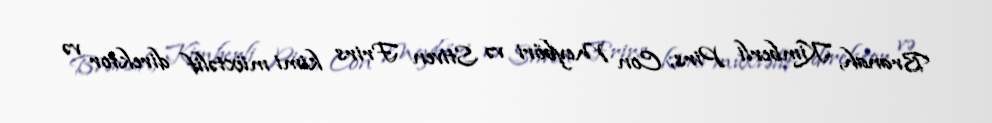
Branah, Kimberli Pirs, Con Meyböri və Stiven Frirs kimi müxtəlif direktor və